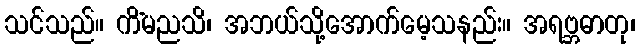
သင်သည်။ ကိံမညသိ၊ အဘယ်သို့အောက်မေ့သနည်း။ အရဗ္ဘဓာတု၊